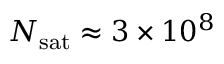
N _ { \mathrm { s a t } } \approx 3 \times 1 0 ^ { 8 }